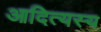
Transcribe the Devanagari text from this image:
आदित्यस्य